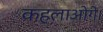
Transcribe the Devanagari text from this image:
कहलाओगे।